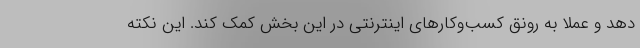
دهد و عملا به رونق کسب‌وکارهای اینترنتی در این بخش کمک کند. این نکته